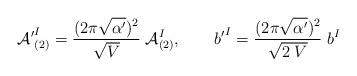
LaTeX: \begin{align*}{{\cal A}'}^I_{(2)} =\frac{(2\pi\sqrt{\alpha^\prime})^2}{\sqrt{V}}\;{\cal A}^I_{(2)}, \qquad {b'}^I= \frac{(2\pi\sqrt{\alpha'})^2}{\sqrt{2\;V}}\;{b}^I\end{align*}